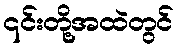
၎င်းတို့အထဲတွင်